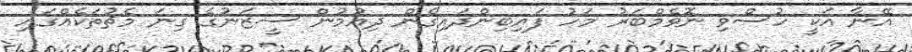
އޭނާ އަކީ ހުސްވި ނޮވެމްބަރު މަހު ފައިބިންދައިގެން ދިއުމުން ސީޒަނުގެ ގިނަ މެޗުތަކެއްގައި